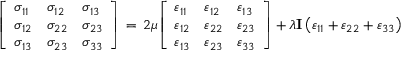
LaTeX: { \left[ \begin{array} { l l l } { \sigma _ { 1 1 } } & { \sigma _ { 1 2 } } & { \sigma _ { 1 3 } } \\ { \sigma _ { 1 2 } } & { \sigma _ { 2 2 } } & { \sigma _ { 2 3 } } \\ { \sigma _ { 1 3 } } & { \sigma _ { 2 3 } } & { \sigma _ { 3 3 } } \end{array} \right] } \, = \, 2 \mu { \left[ \begin{array} { l l l } { \varepsilon _ { 1 1 } } & { \varepsilon _ { 1 2 } } & { \varepsilon _ { 1 3 } } \\ { \varepsilon _ { 1 2 } } & { \varepsilon _ { 2 2 } } & { \varepsilon _ { 2 3 } } \\ { \varepsilon _ { 1 3 } } & { \varepsilon _ { 2 3 } } & { \varepsilon _ { 3 3 } } \end{array} \right] } + \lambda \mathbf { I } \left( \varepsilon _ { 1 1 } + \varepsilon _ { 2 2 } + \varepsilon _ { 3 3 } \right)